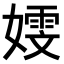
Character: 𫱭